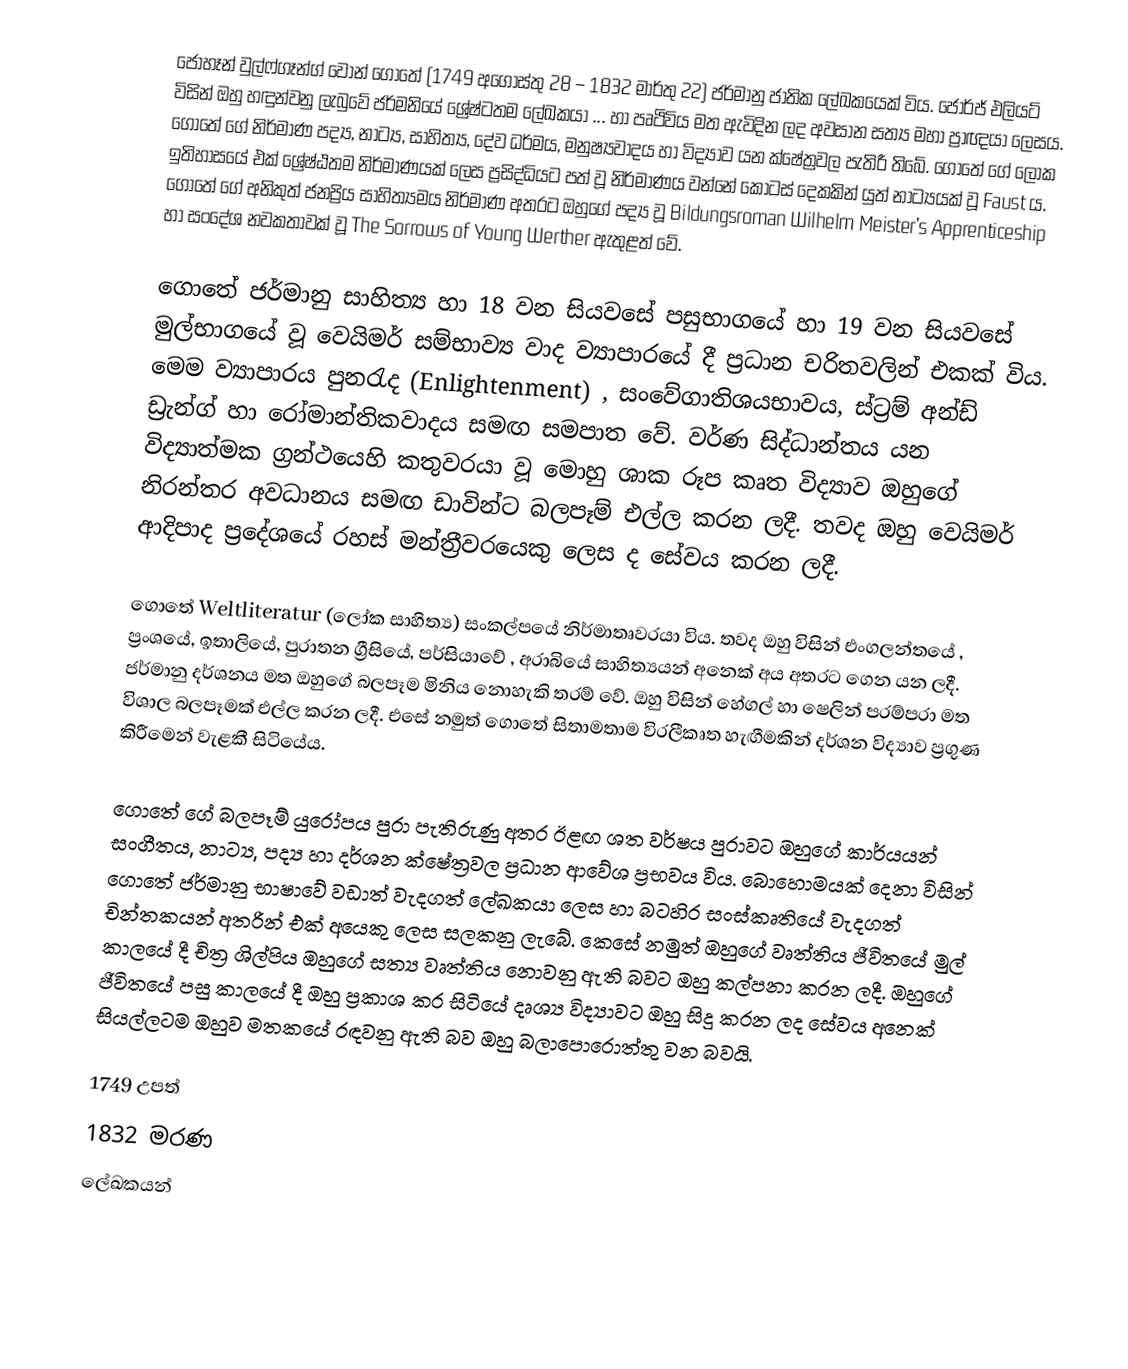
ජොහෑන් වුල්ෆ්ගෑන්ග් වොන් ගොතේ (1749 අගෝස්තු 28 – 1832 මාර්තු 22) ජර්මානු ජාතික ලේඛකයෙක් විය. ජෝර්ජ් එලියට් විසින් ඔහු හඳුන්වනු ලැබුවේ ජර්මනියේ ‍ශ්‍රේෂ්ටතම ලේඛකයා ... හා පෘථිවිය මත ඇවිදින ලද අවසාන සත්‍ය මහා ප්‍රාඥයා ලෙසය. ගොතේ ගේ නිර්මාණ පද්‍ය, නාට්‍ය, සාහිත්‍ය, දේව ධර්මය, මනුෂ්‍යවාදය හා විද්‍යාව යන ක්ෂේත්‍රවල පැතිරී තිබේ. ගොතේ ගේ ‍ලෝක ඉතිහාසයේ එක් ශ්‍රේෂ්ඨතම නිර්මාණයක් ලෙස ප්‍රසිද්ධියට පත් වූ නිර්මාණය වන්නේ කොටස් දෙකකින් යුත් නාට්‍යයක් වූ Faust ය. ගොතේ ගේ අනිකුත් ජනප්‍රිය සාහිත්‍යමය නිර්මාණ අතරට ඔහුගේ පද්‍ය වූ Bildungsroman Wilhelm Meister’s Apprenticeship හා සංදේශ නවකතාවක් වූ The Sorrows of Young Werther ඇතුළත් වේ.

ගොතේ ජර්මානු සාහිත්‍ය හා 18 වන සියවසේ පසුභාගයේ හා 19 වන සියවසේ මුල්භාගයේ වූ වෙයිමර් සම්භාව්‍ය වාද ව්‍යාපාරයේ දී ප්‍රධාන චරිතවලින් එකක් විය. මෙම ව්‍යාපාරය පුනරැද (Enlightenment) , සංවේගාතිශයභාවය, ස්ට්‍රම් අන්ඩ් ඩ්‍රැන්ග් හා රෝමාන්තිකවාදය සමඟ සමපාත වේ. වර්ණ සිද්ධාන්තය යන විද්‍යාත්මක ග්‍රන්ථයෙහි කතුවරයා වූ මොහු ශාක රූප කෘත විද්‍යාව ඔහුගේ නිරන්තර අවධානය සමඟ ඩාවින්ට බලපෑම් එල්ල කරන ලදී. තවද ඔහු වෙයිමර් ආදිපාද ප්‍රදේශයේ රහස් මන්ත්‍රීවරයෙකු ලෙස ද සේවය කරන ලදී.

ගොතේ Weltliteratur (ලෝක සාහිත්‍ය) සංකල්පයේ නිර්මාතෘවරයා විය. තවද ඔහු විසින් එංගලන්තයේ , ප්‍රංශයේ, ඉතාලියේ, පුරාතන ග්‍රීසියේ, පර්සියාවේ , අරාබියේ සාහිත්‍යයන් අනෙක් අය අතරට ගෙන යන ‍ලදී. ජර්මානු දර්ශනය මත ඔහුගේ බලපෑම ‍මිනිය නොහැකි තරම් වේ. ඔහු විසින් හේගල් හා ෂෙලින් පරම්පරා මත විශාල බලපෑමක් එල්ල කරන ලදී. එසේ නමුත් ගොතේ සිතාමතාම විරලීකෘත හැඟීමකින් දර්ශන විද්‍යාව ප්‍රගුණ කිරීමෙන් වැළකී සි‍ටියේය.

ගොතේ ගේ බලපෑම් යුරෝපය පුරා පැතිරුණු අතර ඊළඟ ශත වර්ෂය පුරාවට ඔහුගේ කාර්යයන් සංගීතය, නාට්‍ය, පද්‍ය හා දර්ශන ක්ෂේත්‍රවල ප්‍රධාන ආවේශ ප්‍රභවය විය. බොහොමයක් දෙනා විසින් ගොතේ ජර්මානු භාෂාවේ වඩාත් වැදගත් ලේඛකයා ලෙස හා බටහිර සංස්කෘතියේ වැදගත් චින්තකයන් අතරින් එක් අයෙකු ලෙස සලකනු ලැබේ. කෙසේ නමුත් ඔහුගේ වෘත්තිය ජීවිතයේ මුල් කාලයේ දී චිත්‍ර ශිල්පිය ඔහුගේ සත්‍ය වෘත්තිය නොවනු ඇති බවට ඔහු කල්පනා කරන ලදී. ඔහුගේ ජීවිතයේ පසු කාලයේ දී ඔහු ප්‍රකාශ කර සිටියේ දෘශ්‍ය විද්‍යාවට ඔහු සිදු කරන ලද සේවය අනෙක් සියල්ලටම ඔහුව මත‍කයේ රඳවනු ඇති බව ඔහු බලාපොරොත්තු වන බවයි.

1749 උපත්
1832 මරණ
ලේඛකයන්